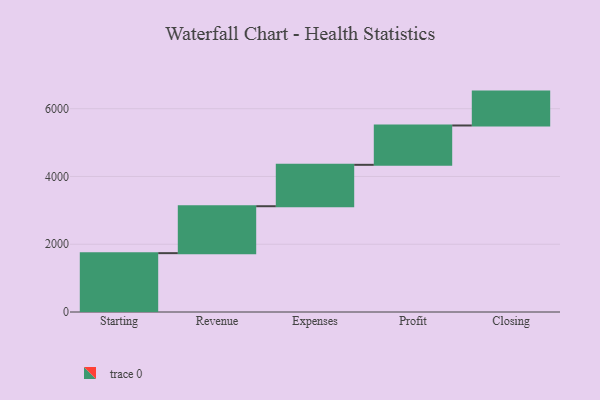
{"axis": {"x": "Step", "y": "Value"}, "legend": [""], "data": [{"x": "Starting", "y": 1737.0, "type": ""}, {"x": "Revenue", "y": 1385.0, "type": ""}, {"x": "Expenses", "y": 1222.0, "type": ""}, {"x": "Profit", "y": 1161.0, "type": ""}, {"x": "Closing", "y": 1000, "type": ""}]}